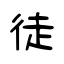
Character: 徒